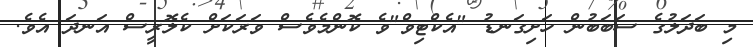
މި ބަދަލުގެ ސަބަބުން ހަށިގަނޑު "އެކްޓިވް"ވެ ކޮންމެވެސް ވަރަކަށް ކެލޮރީސް އަނދަ އެވެ.